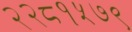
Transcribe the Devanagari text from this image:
२२८१५७९